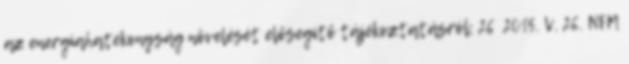
az energiahatékonyság növelését elősegítő tájékoztatásról; 26 2015. V. 26. NFM